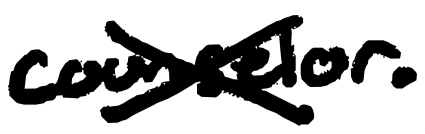
Text: counselor.
Cross-out: mix
Writing tool: digital_black